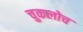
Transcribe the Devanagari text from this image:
चुकलोच